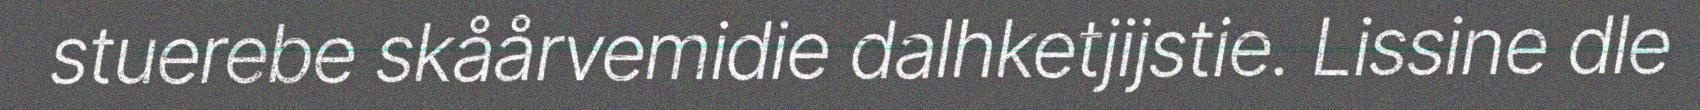
stuerebe skåårvemidie dalhketjijstie. Lissine dle